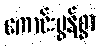
ကောင်းမွန်စွာ